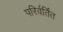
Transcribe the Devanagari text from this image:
परिर्वर्तित